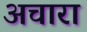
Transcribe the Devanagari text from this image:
अचारा